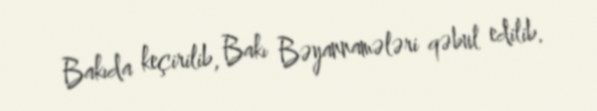
Bakıda keçirilib, Bakı Bəyannamələri qəbul edilib.